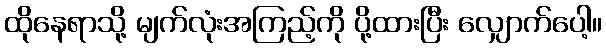
ထိုနေရာသို့ မျက်လုံးအကြည့်ကို ပို့ထားပြီး လျှောက်ပေါ့။